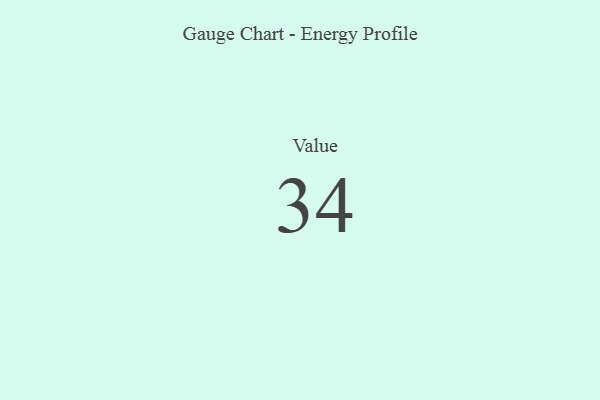
{"axis": {"x": "Metric", "y": "Value"}, "legend": [""], "data": [{"x": "Value", "y": 34, "type": ""}]}